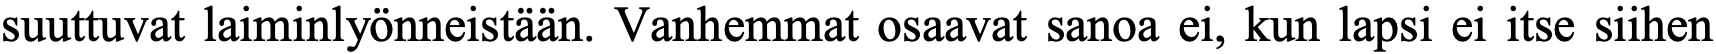
suuttuvat laiminlyönneistään. Vanhemmat osaavat sanoa ei, kun lapsi ei itse siihen